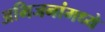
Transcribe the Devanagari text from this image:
अभिजनांमध्ये